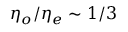
\eta _ { o } / \eta _ { e } \sim 1 / 3